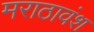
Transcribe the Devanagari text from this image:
मराठावंश